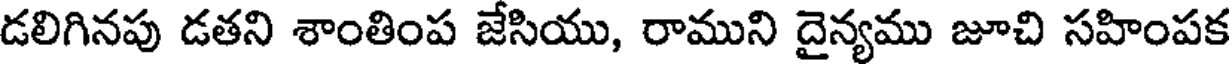
డలిగినపు డతని శాంతింప జేసియు, రాముని దైన్యము జూచి సహింపక